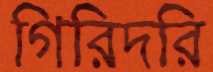
গিরিদরি